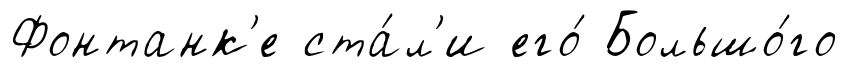
Фонтанк'е ста́л'и его́ Большо́го